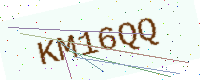
Text: KM16QQ